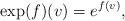
LaTeX: \begin{align*}\exp(f)(v) = e^{f(v)},\end{align*}